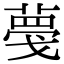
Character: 𦸑